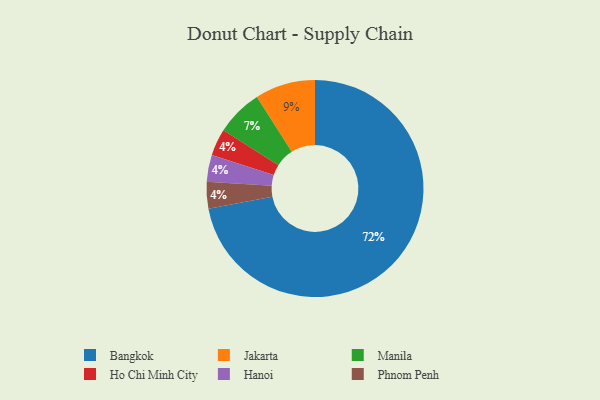
{"axis": {"x": "Category", "y": "Percentage"}, "legend": ["Bangkok", "Hanoi", "Ho Chi Minh City", "Jakarta", "Manila", "Phnom Penh"], "data": [{"x": "Ho Chi Minh City", "y": 4, "type": "Ho Chi Minh City"}, {"x": "Jakarta", "y": 9, "type": "Jakarta"}, {"x": "Hanoi", "y": 4, "type": "Hanoi"}, {"x": "Manila", "y": 7, "type": "Manila"}, {"x": "Bangkok", "y": 72, "type": "Bangkok"}, {"x": "Phnom Penh", "y": 4, "type": "Phnom Penh"}]}